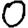
Digit: 0